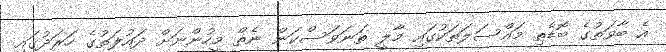
އެ ބާވަތުގެ ބޮޑެތި މައްސަލަތަކުގައި މާލީ ތަނަވަސްކަން ނެތް މީހުންނަށް ދައުލަތުގެ ހަރަދުގައި